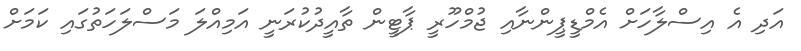
އަދި އެ އިސްލާހަށް އެމްޑީޕީންނާއި ޖުމްހޫރީ ޕާޓީން ތާއީދުކުރަނީ އަމިއްލަ މަސްލަހަތުގައި ކަމަށް